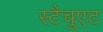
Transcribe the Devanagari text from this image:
स्टैचुएट